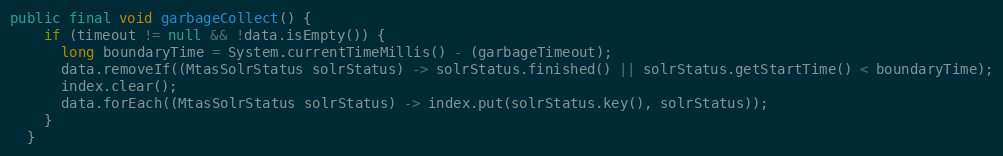
Language: Java
public final void garbageCollect() {
    if (timeout != null && !data.isEmpty()) {
      long boundaryTime = System.currentTimeMillis() - (garbageTimeout);
      data.removeIf((MtasSolrStatus solrStatus) -> solrStatus.finished() || solrStatus.getStartTime() < boundaryTime);
      index.clear();
      data.forEach((MtasSolrStatus solrStatus) -> index.put(solrStatus.key(), solrStatus));
    }
  }